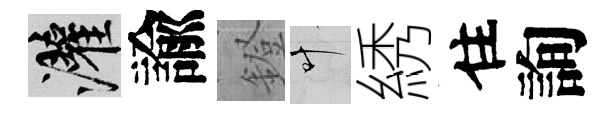
灌諭鐙叶綉住詢